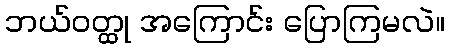
ဘယ်ဝတ္ထု အကြောင်း ပြောကြမလဲ။